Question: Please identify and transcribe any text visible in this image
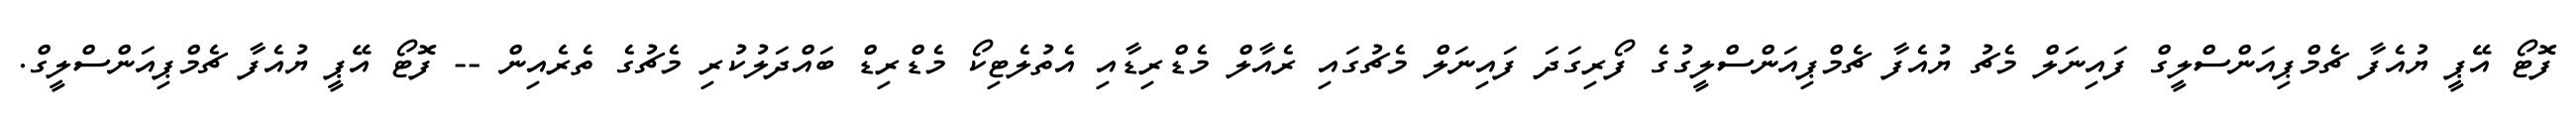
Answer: ފޮޓޯ އޭޕީ ޔުއެފާ ޗެމްޕިއަންސްލީގް ފައިނަލް މެޗު ޔުއެފާ ޗެމްޕިއަންސްލީގުގެ ފޯރިގަދަ ފައިނަލް މެޗުގައި ރެއާލް މެޑްރިޑާއި އެތުލެޓިކޯ މެޑްރިޑް ބައްދަލުކުރި މެޗުގެ ތެރެއިން -- ފޮޓޯ އޭޕީ ޔުއެފާ ޗެމްޕިއަންސްލީގް.